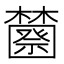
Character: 𰙆